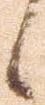
候